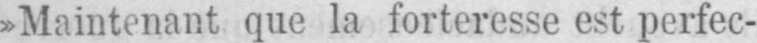
»Maintenant que la forteresse est perfec-